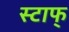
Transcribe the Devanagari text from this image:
स्टाफ्